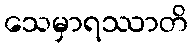
သေမှာရဿာတိ